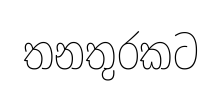
තනතුරකට